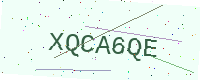
Text: XQCA6QE